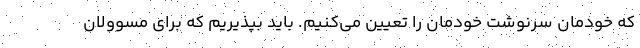
كه خودمان سرنوشت خودمان را تعيين مي‌كنيم. بايد بپذيريم كه براي مسوولان